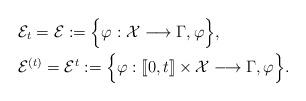
LaTeX: \begin{align*}&{\mathcal{E}}_t={\mathcal{E}}:= \Big\{ \varphi: \mathcal{X}\longrightarrow \Gamma,\varphi \Big\},\\&{\mathcal{E}}^{(t)}={\mathcal{E}}^t:= \Big\{ \varphi: [\![0,t]\!] \times \mathcal{X} \longrightarrow \Gamma,\varphi \Big\}.\end{align*}